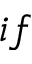
i f